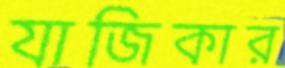
যাজিকার